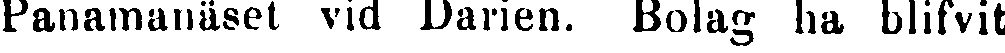
Panamanäset vid Darien. Bolag ha blifvit